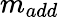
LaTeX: m_{add}